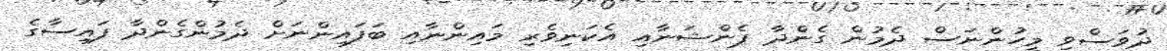
ދުވަސްވި މީހުންނަސް ދެމުން ގެންދާ ޕެންޝަނާއި އެކަނިވެރި މައިންނާއި ބަފައިންނަށް ދެމުންގެންދާ ފައިސާގެ